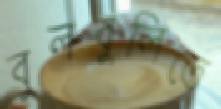
বুলবুলিতে